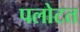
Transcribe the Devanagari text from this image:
पलोटत